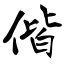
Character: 偕